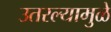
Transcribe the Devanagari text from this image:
उतरल्यामुळे